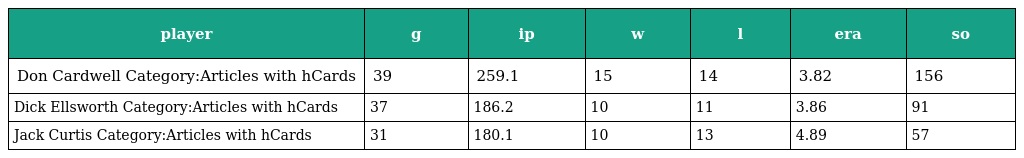
| player | g | ip | w | l | era | so |
 | --- | --- | --- | --- | --- | --- | --- |
 | Don Cardwell Category:Articles with hCards | 39 | 259.1 | 15 | 14 | 3.82 | 156 |
 | Dick Ellsworth Category:Articles with hCards | 37 | 186.2 | 10 | 11 | 3.86 | 91 |
 | Jack Curtis Category:Articles with hCards | 31 | 180.1 | 10 | 13 | 4.89 | 57 |